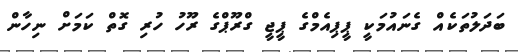
ބަދަލުތަކެއް ގެނައުމަކީ ޕީޕިއެމްގެ ޕީޖީ ގްރޫޕްގެ ރޫހު ހުރި ގޮތް ކަމަށް ނިހާން